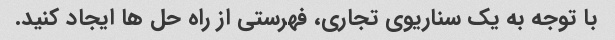
با توجه به یک سناریوی تجاری، فهرستی از راه حل ها ایجاد کنید.